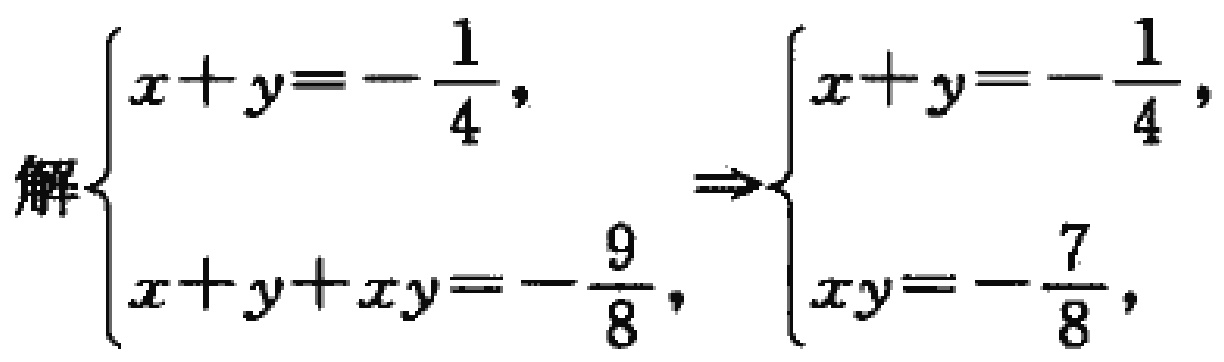
解$\begin{cases}x + y = -\dfrac{1}{4}, \\x + y + xy = -\dfrac{9}{8}, \end{cases}\Rightarrow\begin{cases}x + y = -\dfrac{1}{4}, \\xy = -\dfrac{7}{8}, \end{cases}$